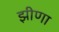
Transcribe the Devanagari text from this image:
झीणा